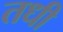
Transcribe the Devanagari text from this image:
तधी